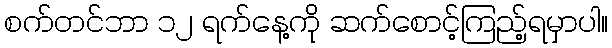
စက်တင်ဘာ ၁၂ ရက်နေ့ကို ဆက်စောင့်ကြည့်ရမှာပါ။